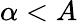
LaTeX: \alpha<A